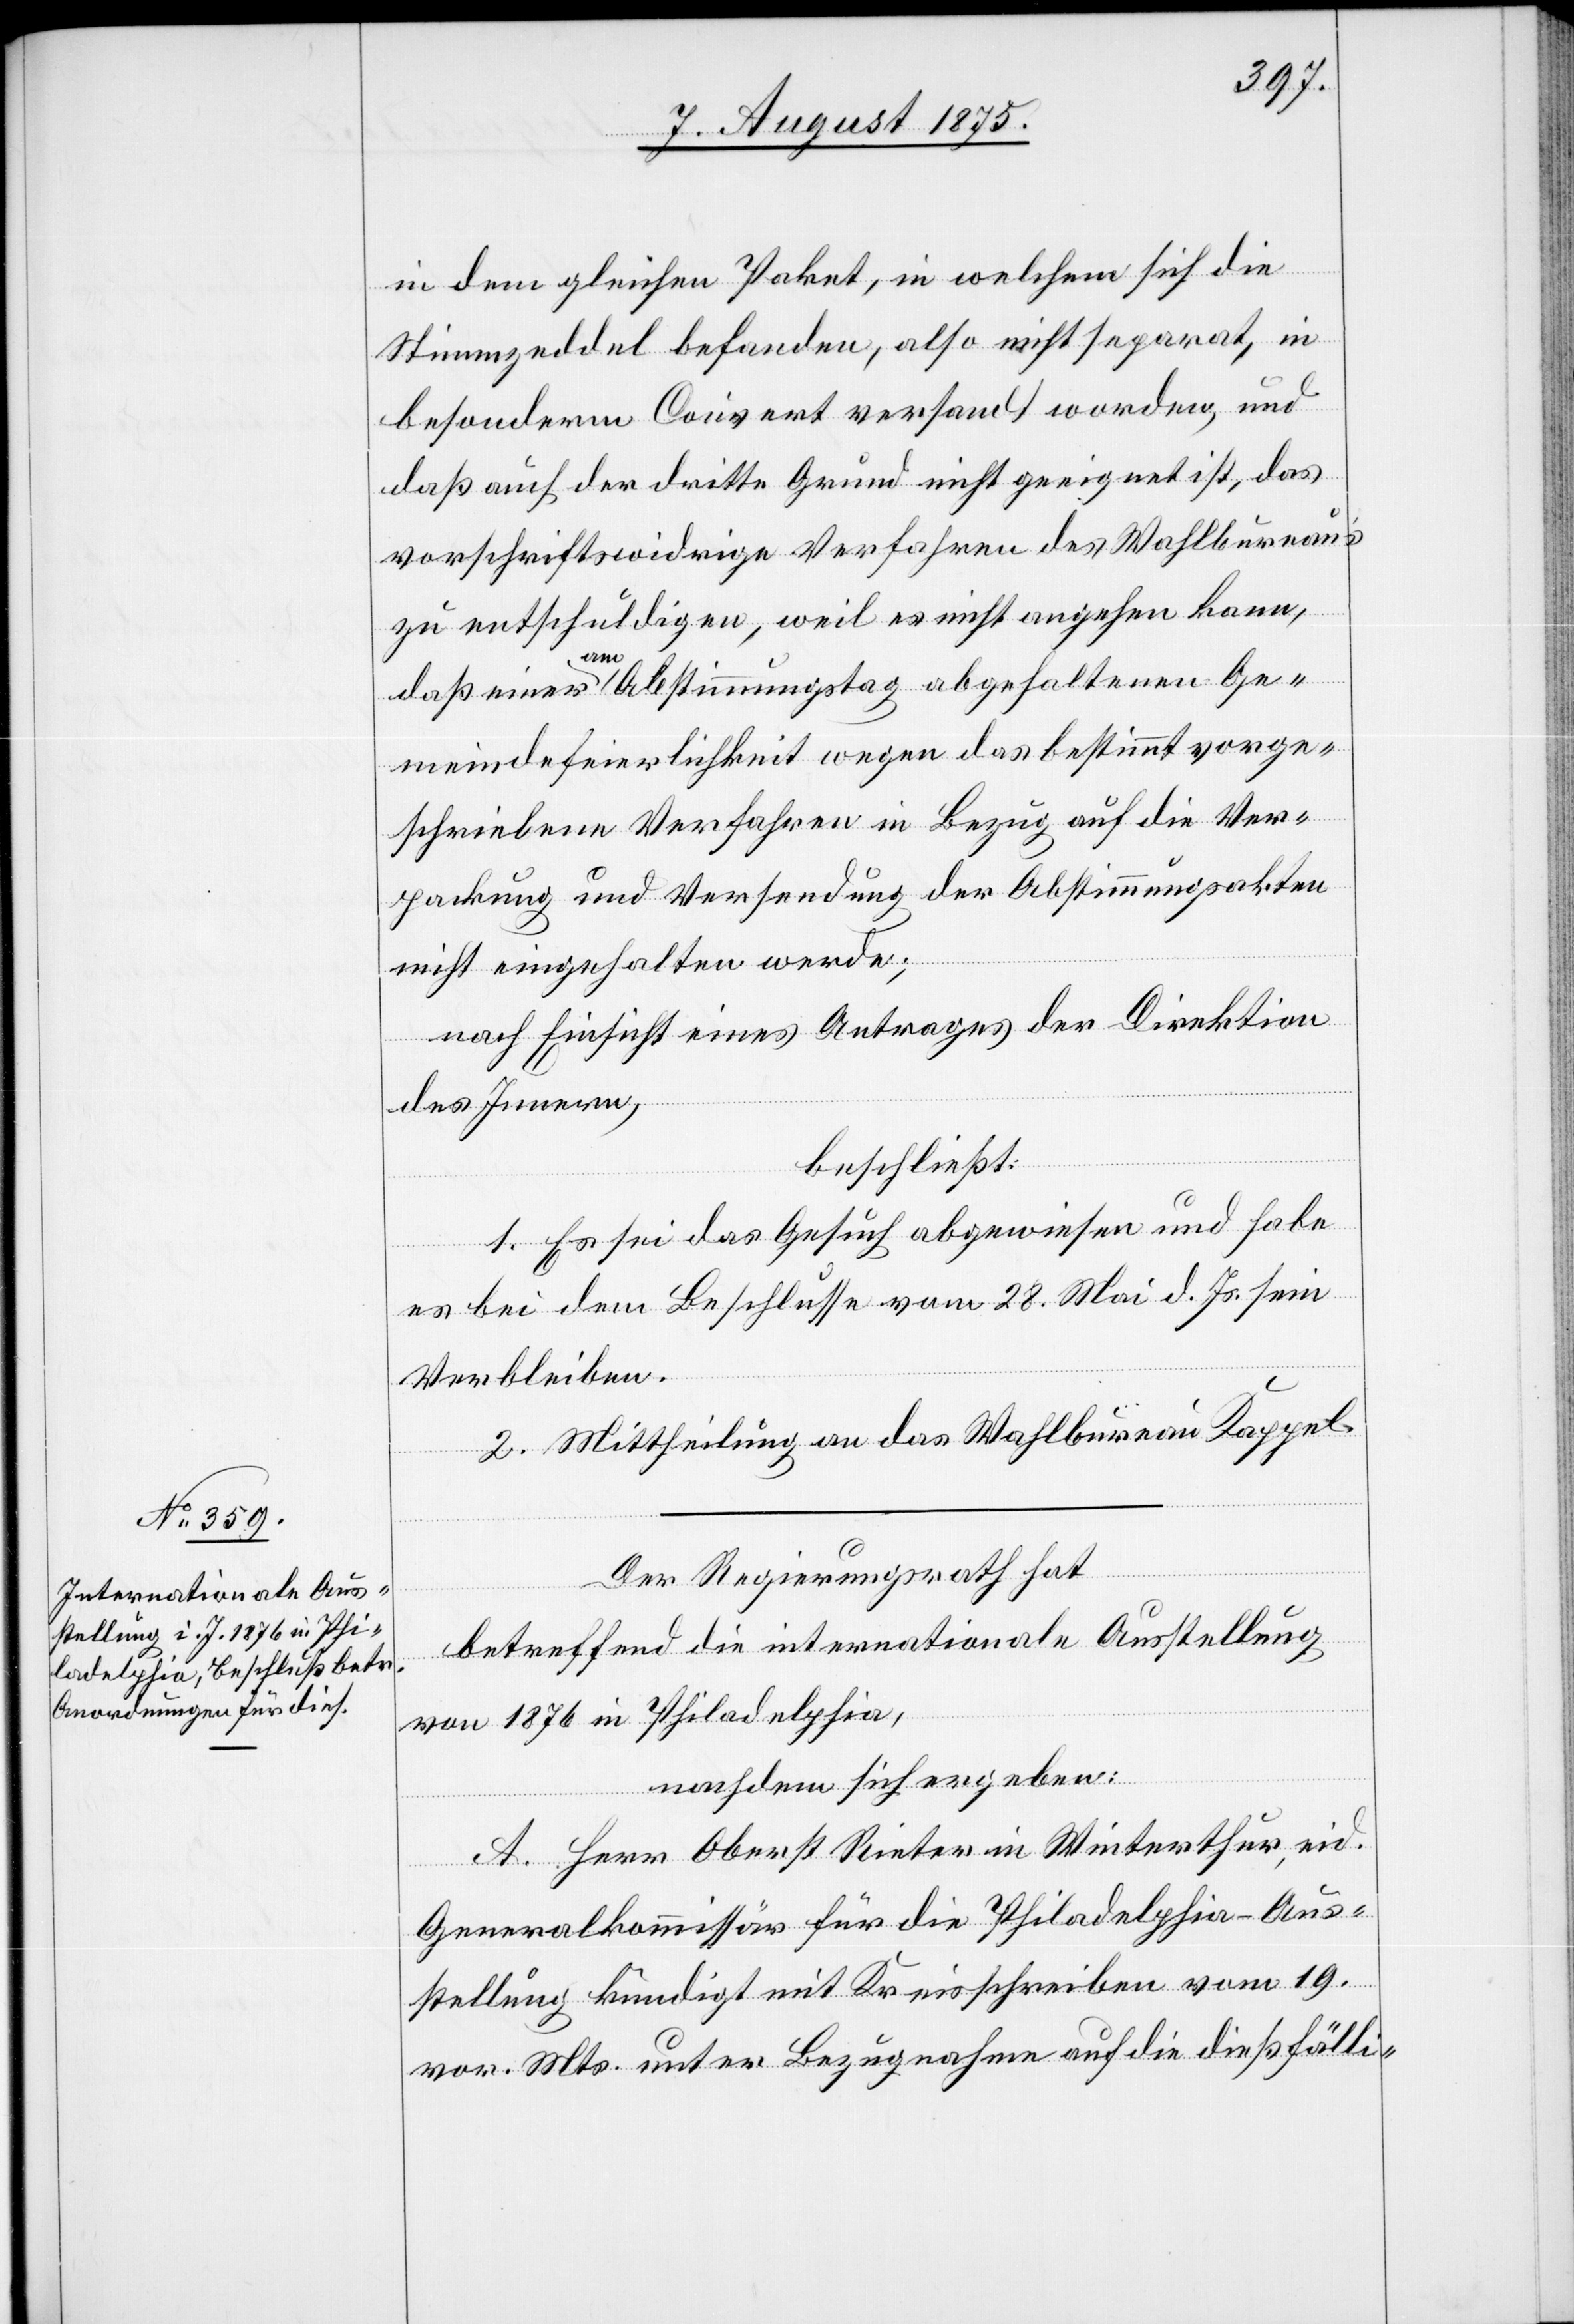
in dem gleichen Paket, in welchem sich die
Stimmzeddel befanden, also nicht separat, in
besonderm Couvert versandt worden, und
daß auch der dritte Grund nicht geeignet ist, das
vorschriftswidrige Verfahren des Wahlbureau’s
zu entschuldigen, weil es nicht angehen kann,
daß einer am Abstimmungstag abgehaltenen Ge¬
meindefeierlichkeit wegen das bestimmt vorge¬
schriebene Verfahren in Bezug auf die Ver¬
packung und Versendung der Abstimmungsakten
nicht eingehalten werde;
nach Einsicht eines Antrages der Direktion
des Innern,
beschließt:
1. Es sei das Gesuch abgewiesen und habe
es bei dem Beschlusse vom 28. Mai d. Js. sein
Verbleiben.
2. Mittheilung an das Wahlbureau Kappel.
Der Regierungsrath hat
betreffend die internationale Ausstellung
von 1876 in Philadelphia,
nachdem sich ergeben:
A. Herr Oberst Rieter in Winterthur, eid.
Generalkommissär für die Philadelphia-Aus¬
stellung kündigt mit Kreisschreiben vom 19.
vor. Mts. unter Bezugnahme auf die dießfälli-